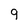
Character: 9